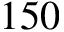
1 5 0